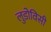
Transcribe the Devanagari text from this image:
लुडोविसी